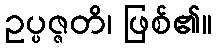
ဥပ္ပဇ္ဇတိ၊ ဖြစ်၏။